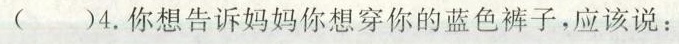
( )4.你想告诉妈妈你想穿你的蓝色裤子,应该说: